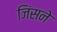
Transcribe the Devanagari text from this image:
जिंसने